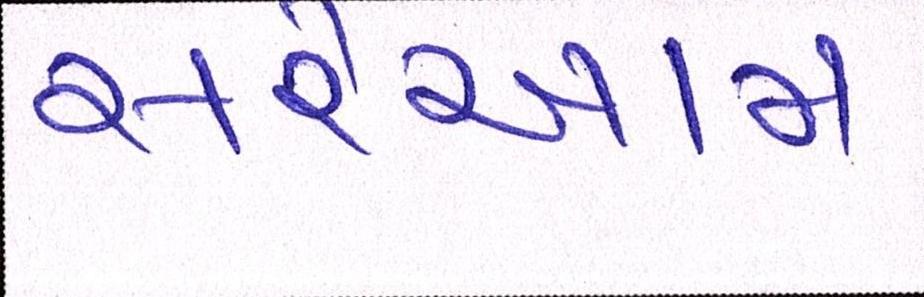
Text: સરેઆમ